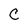
Character: C